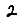
Digit: 2